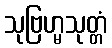
သုဗြဟ္မသုတ္တံ